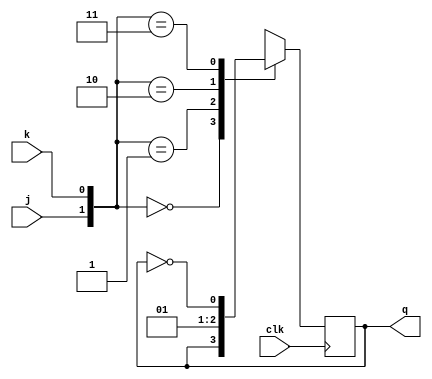
module jk_ff(input j,k,clk, output q );
reg q;

always @(posedge clk)
case ({j,k})
    2'b00 : q<= q;
    2'b01 : q<= 0;
    2'b10 : q<= 1;
    2'b11 : q<= ~q;
endcase

endmodule